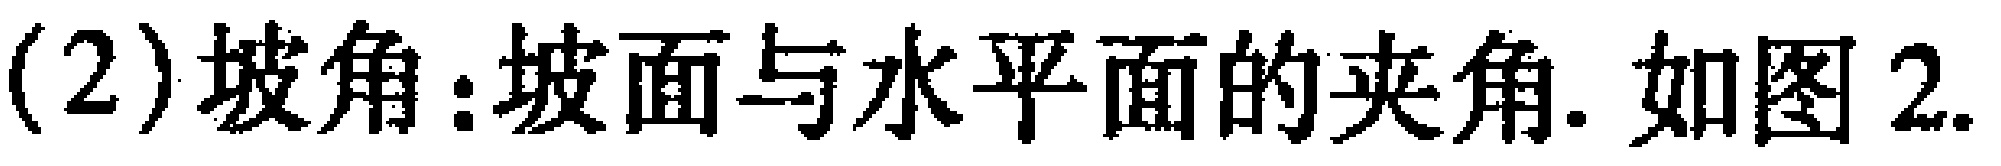
(2)坡角：坡面与水平面的夹角. 如图2.